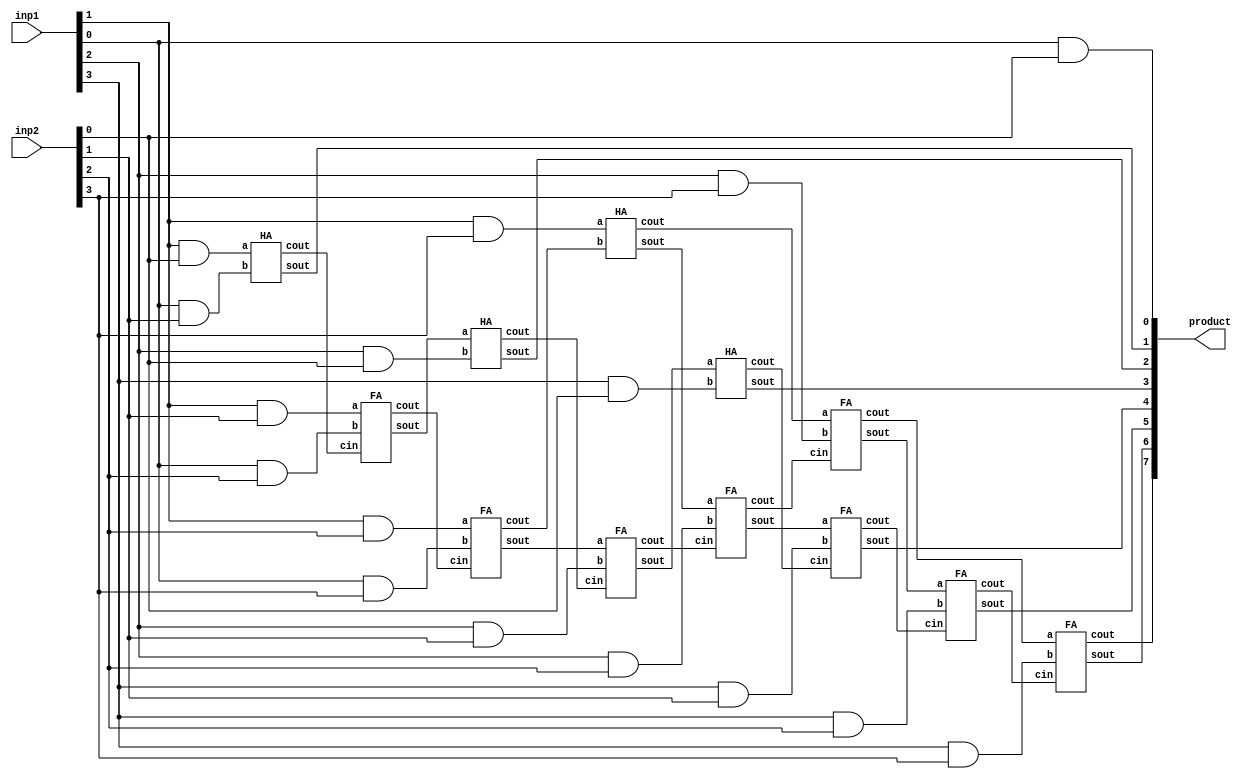
`timescale 1ns / 1ps
module multiplier_4_x_4(product,inp1,inp2);

  output [7:0]product;
  input [3:0]inp1;
  input [3:0]inp2;
  
  assign product[0]=(inp1[0]&inp2[0]);
  
  wire x1,x2,x3,x4,x5,x6,x7,x8,x9,x10,x11,x12,x13,x14,x15,x16,x17;
  
  HA HA1(product[1],x1,(inp1[1]&inp2[0]),(inp1[0]&inp2[1]));
  FA FA1(x2,x3,inp1[1]&inp2[1],(inp1[0]&inp2[2]),x1);
  FA FA2(x4,x5,(inp1[1]&inp2[2]),(inp1[0]&inp2[3]),x3);
  HA HA2(x6,x7,(inp1[1]&inp2[3]),x5);
  
  HA HA3(product[2],x15,x2,(inp1[2]&inp2[0]));
  FA FA5(x14,x16,x4,(inp1[2]&inp2[1]),x15);
  FA FA4(x13,x17,x6,(inp1[2]&inp2[2]),x16);
  FA FA3(x9,x8,x7,(inp1[2]&inp2[3]),x17);
  
  HA HA4(product[3],x12,x14,(inp1[3]&inp2[0]));
  FA FA8(product[4],x11,x13,(inp1[3]&inp2[1]),x12);
  FA FA7(product[5],x10,x9,(inp1[3]&inp2[2]),x11);
  FA FA6(product[6],product[7],x8,(inp1[3]&inp2[3]),x10);
  
endmodule

module HA(sout,cout,a,b);
  output sout,cout;
  input a,b;
  assign sout=a^b;
  assign cout=(a&b);
endmodule

module FA(sout,cout,a,b,cin);
  output sout,cout;
  input a,b,cin;
  assign sout=(a^b^cin);
  assign cout=((a&b)|(a&cin)|(b&cin));
endmodule